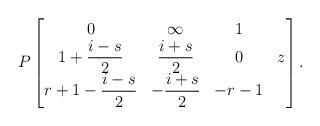
LaTeX: \begin{align*} P\begin{bmatrix} 0 & \infty & 1 & \\ 1+\dfrac{i-s}{2} & \dfrac{i+s}{2} & 0 & z \\ r+1-\dfrac{i-s}{2} & -\dfrac{i+s}{2} & -r-1 & \end{bmatrix}. \end{align*}